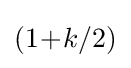
(1\!+\!k/2)